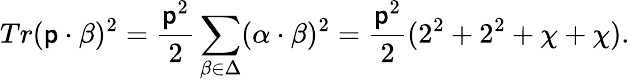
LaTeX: Tr(\mathsf{p}\cdot\beta)^{2}={\frac{{\mathsf{p}^{2}}}{{2}}}\sum_{\beta\in\Delta}(\alpha\cdot\beta)^{2}={\frac{{\mathsf{p}^{2}}}{{2}}}(2^{2}+2^{2}+\chi+\chi).